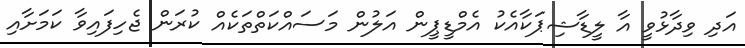
އަދި ވިދާޅުވީ އާ ލީޑާޝިޕަކާއެކު އެމްޑީޕީން އަލުން މަސައްކަތްތަކެއް ކުރަން ޖެހިފައިވާ ކަމަށާއި